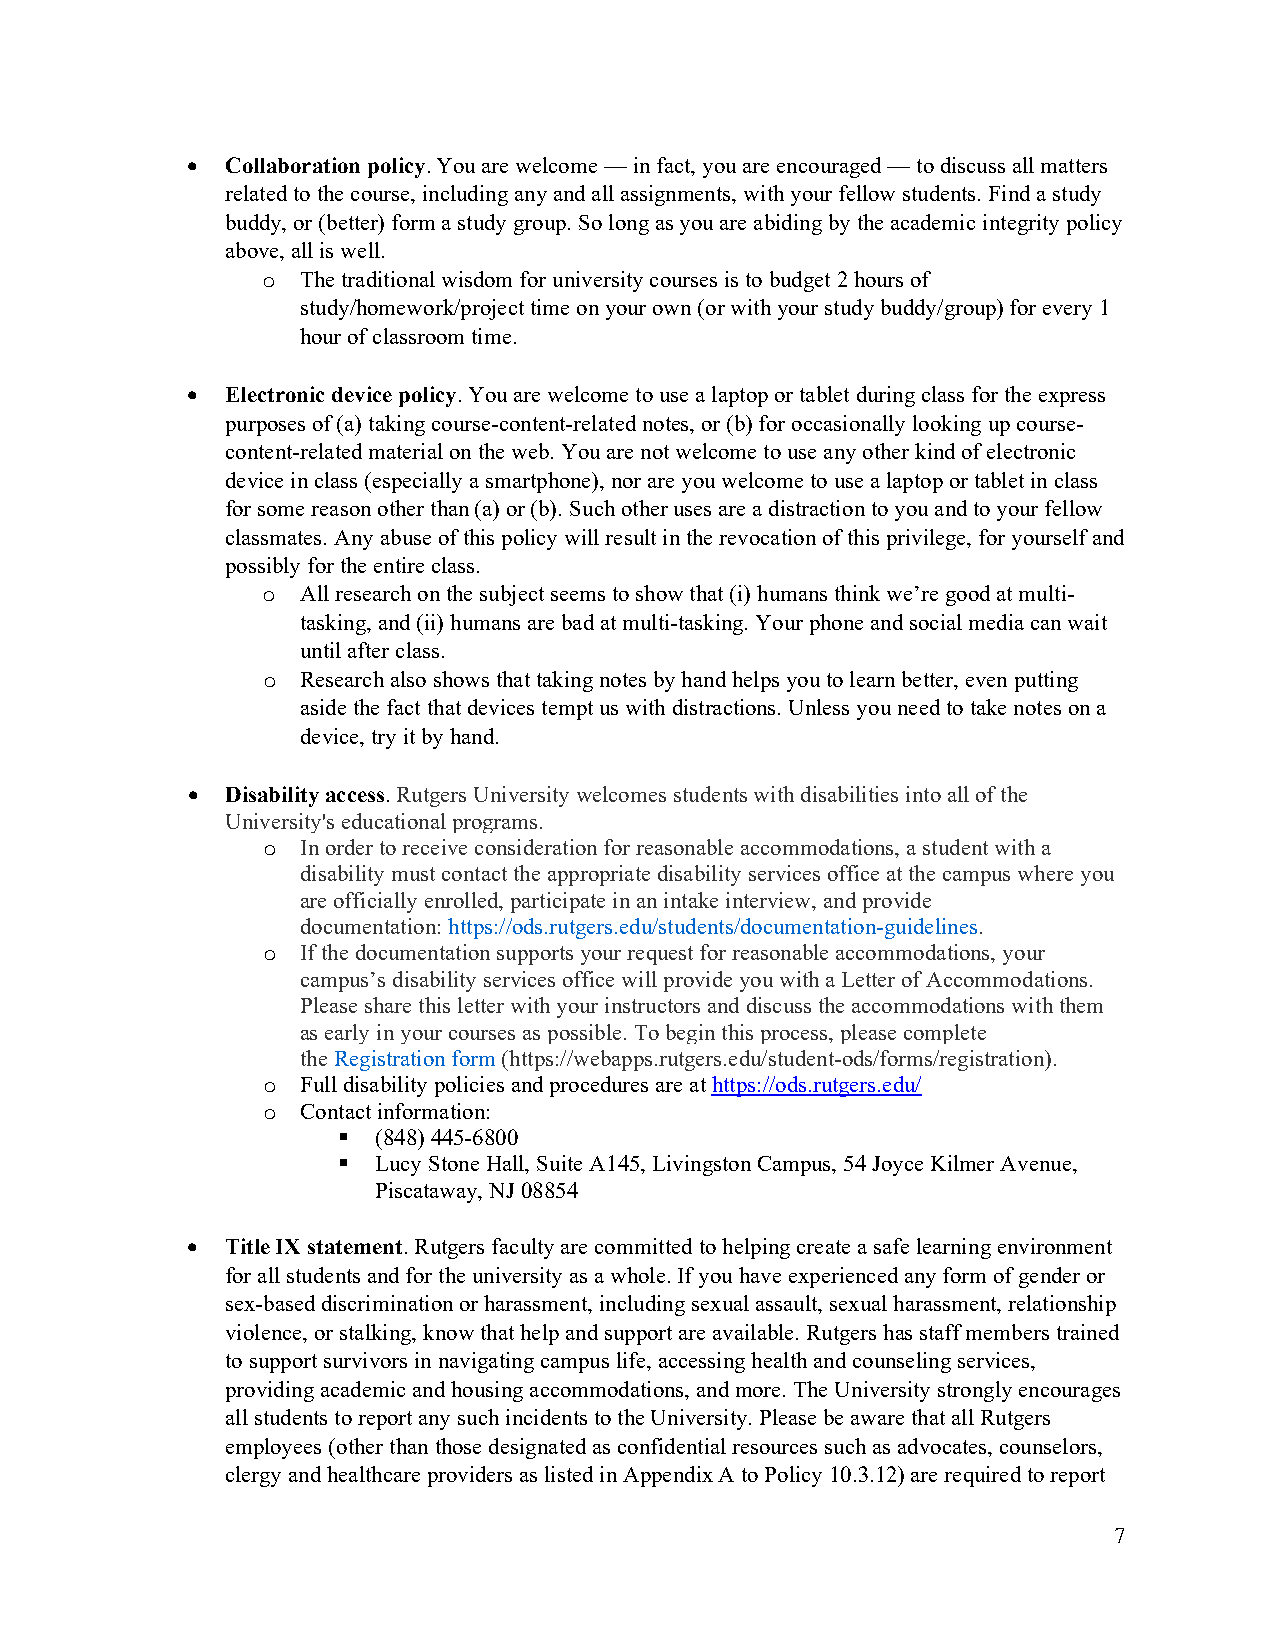
  Collaboration policy. You are welcome — in fact, you are encouraged — to discuss all matters
 related to the course, including any and all assignments, with your fellow students. Find a study
 buddy, or (better) form a study group. So long as you are abiding by the academic integrity policy
 above, all is well.
 o  The traditional wisdom for university courses is to budget 2 hours of
 study/homework/project time on your own (or with your study buddy/group) for every 1
 hour of classroom time.
   Electronic device policy. You are welcome to use a laptop or tablet during class for the express
 purposes of (a) taking course-content-related notes, or (b) for occasionally looking up course-
 content-related material on the web. You are not welcome to use any other kind of electronic
 device in class (especially a smartphone), nor are you welcome to use a laptop or tablet in class
 for some reason other than (a) or (b). Such other uses are a distraction to you and to your fellow
 classmates. Any abuse of this policy will result in the revocation of this privilege, for yourself and
 possibly for the entire class.
 o  All research on the subject seems to show that (i) humans think we’re good at multi-
 tasking, and (ii) humans are bad at multi-tasking. Your phone and social media can wait
 until after class.
 o  Research also shows that taking notes by hand helps you to learn better, even putting
 aside the fact that devices tempt us with distractions. Unless you need to take notes on a
 device, try it by hand.
   Disability access. Rutgers University welcomes students with disabilities into all of the
 University's educational programs.
 o  In order to receive consideration for reasonable accommodations, a student with a
 disability must contact the appropriate disability services office at the campus where you
 are officially enrolled, participate in an intake interview, and provide
 documentation: https://ods.rutgers.edu/students/documentation-guidelines.
 o  If the documentation supports your request for reasonable accommodations, your
 campus’s disability services office will provide you with a Letter of Accommodations.
 Please share this letter with your instructors and discuss the accommodations with them
 as early in your courses as possible. To begin this process, please complete
 the Registration form (https://webapps.rutgers.edu/student-ods/forms/registration).
 o  Full disability policies and procedures are at https://ods.rutgers.edu/
 o  Contact information:
   (848) 445-6800
   Lucy Stone Hall, Suite A145, Livingston Campus, 54 Joyce Kilmer Avenue,
 Piscataway, NJ 08854
   Title IX statement. Rutgers faculty are committed to helping create a safe learning environment
 for all students and for the university as a whole. If you have experienced any form of gender or
 sex-based discrimination or harassment, including sexual assault, sexual harassment, relationship
 violence, or stalking, know that help and support are available. Rutgers has staff members trained
 to support survivors in navigating campus life, accessing health and counseling services,
 providing academic and housing accommodations, and more. The University strongly encourages
 all students to report any such incidents to the University. Please be aware that all Rutgers
 employees (other than those designated as confidential resources such as advocates, counselors,
 clergy and healthcare providers as listed in Appendix A to Policy 10.3.12) are required to report
 7